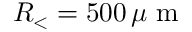
R _ { < } = 5 0 0 \, \mu \mathrm { ~ m ~ }